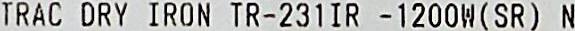
TRAC DRY IRON TR-231IR - 1200W(SR) N